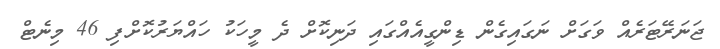
ޖަނަރޭޓަރެއް ވަގަށް ނަގައިގެން ޑިންގީއެއްގައި ދަނިކޮށް ދެ މީހަކު ހައްޔަރުކޮށްފި 46 މިނެޓް